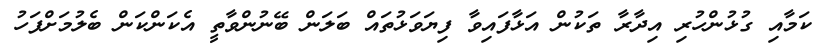
ކަމާއި ގުޅުންހުރި އިދާރާ ތަކުން އަޅާފައިވާ ފިޔަވަޅުތައް ބަލަން ބޭނުންވާތީ އެކަންކަން ބެލުމަށްފަހު